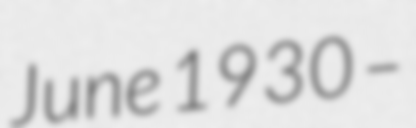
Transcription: June 1930 –